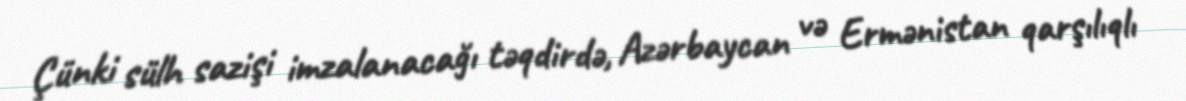
Çünki sülh sazişi imzalanacağı təqdirdə, Azərbaycan və Ermənistan qarşılıqlı